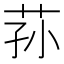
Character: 荪